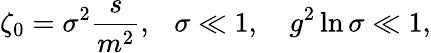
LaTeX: \zeta_{0}=\sigma^{2}{\frac{s}{m^{2}}},~~~\sigma\ll 1,~~~~g^{2}\ln\sigma\ll 1,